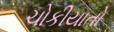
ચોકીયાતો